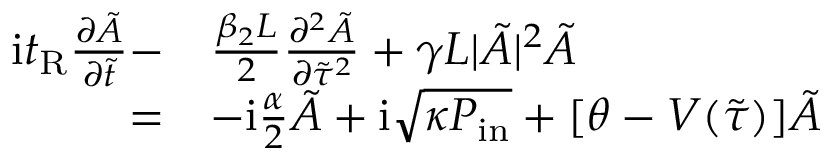
\begin{array} { r l } { \mathrm { i } t _ { \mathrm { R } } \frac { \partial \tilde { A } } { \partial \tilde { t } } - } & { \frac { \beta _ { 2 } L } { 2 } \frac { \partial ^ { 2 } \tilde { A } } { \partial \tilde { \tau } ^ { 2 } } + \gamma L | \tilde { A } | ^ { 2 } \tilde { A } } \\ { = } & { - \mathrm { i } \frac { \alpha } { 2 } \tilde { A } + \mathrm { i } \sqrt { \kappa P _ { \mathrm { i n } } } + [ \theta - V ( \tilde { \tau } ) ] \tilde { A } } \end{array}